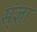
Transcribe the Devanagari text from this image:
स्ंज्ञा